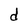
Character: d